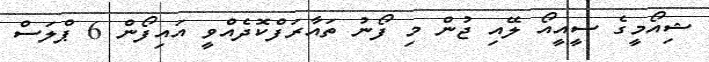
ޝިއޯމީގެ ސީއީއޯ ލޭއި ޖުން މި ފޯނު ތައާރަފްކޮދެއްވީ އައިފޯން 6 ޕްލަސް